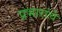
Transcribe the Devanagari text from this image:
प्रभारांचे